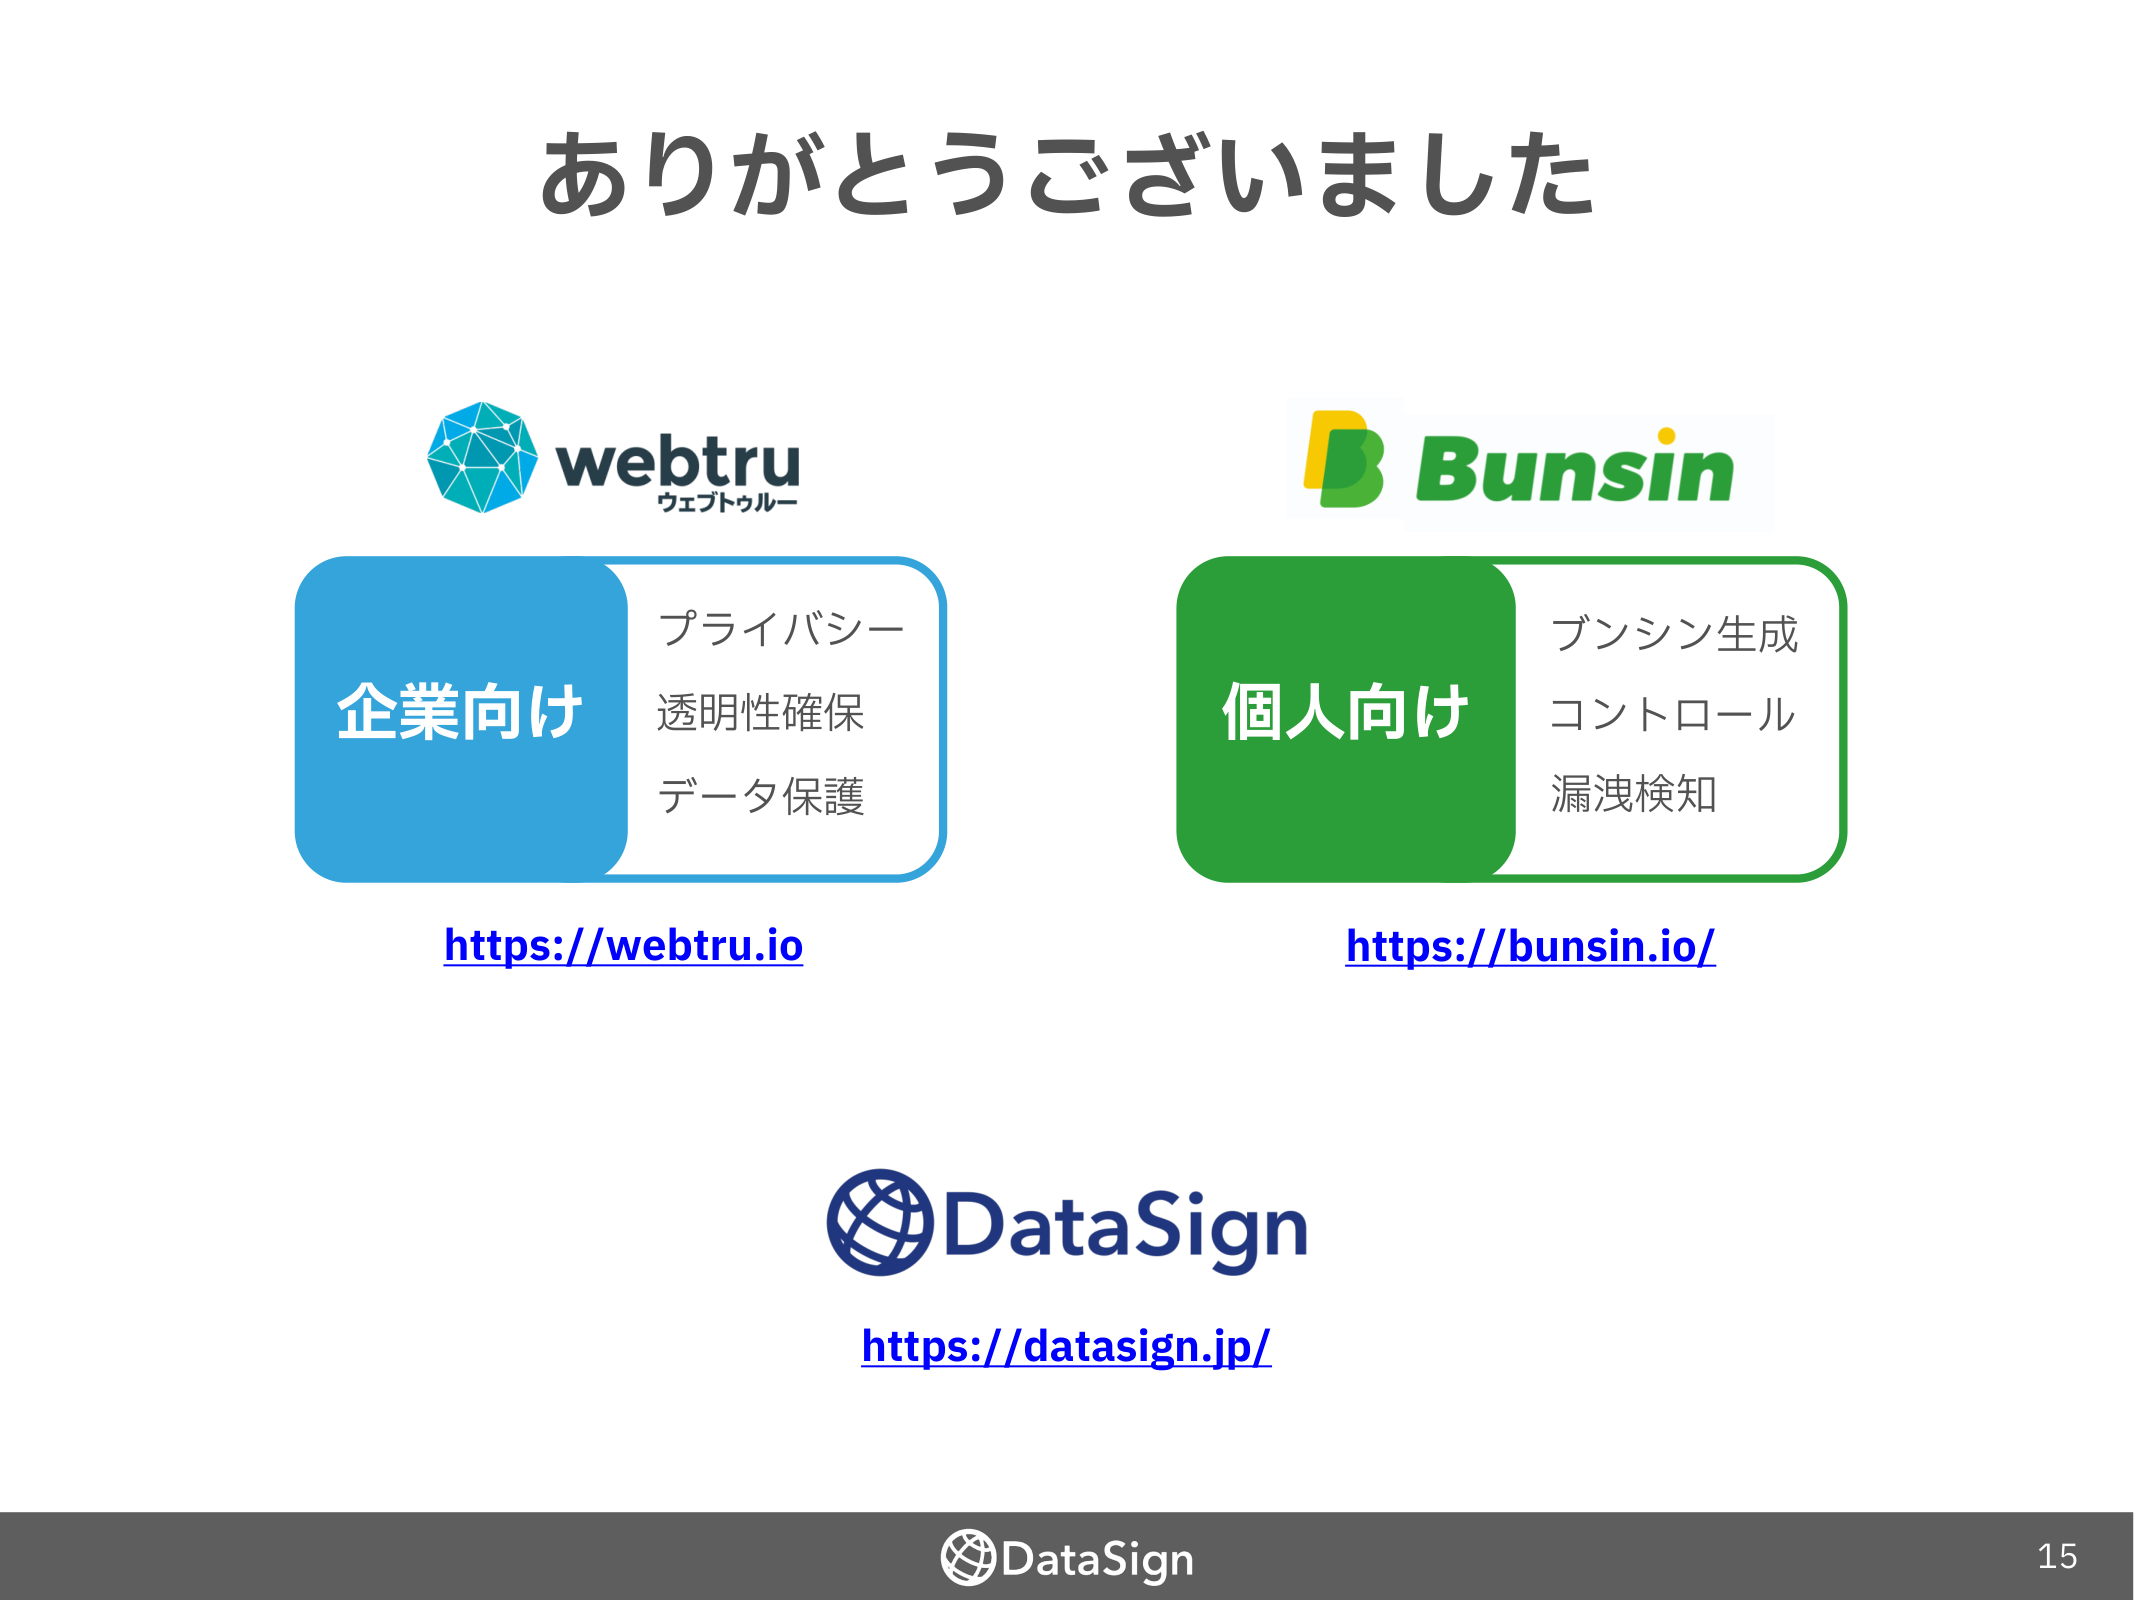
ありがとうございました

webtru
ウェブトゥルー

企業向け
プライバシー
透明性確保
データ保護
https://webtru.io

B Bunsin

個人向け
ブンシン生成
コントロール
漏洩検知
https://bunsin.io/

DataSign
https://datasign.jp/

DataSign
15